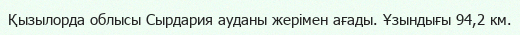
Қызылорда облысы Сырдария ауданы жерімен ағады. Ұзындығы 94,2 км.